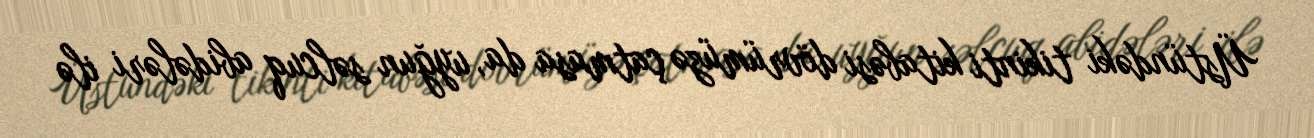
Üstündəki tikinti kitabəsi dövrümüzə çatmasa da, uyğun səlcuq abidələri ilə